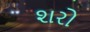
શરો